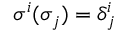
\sigma ^ { i } ( \sigma _ { j } ) = \delta _ { j } ^ { i }